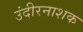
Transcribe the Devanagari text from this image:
उंदीरनाशक